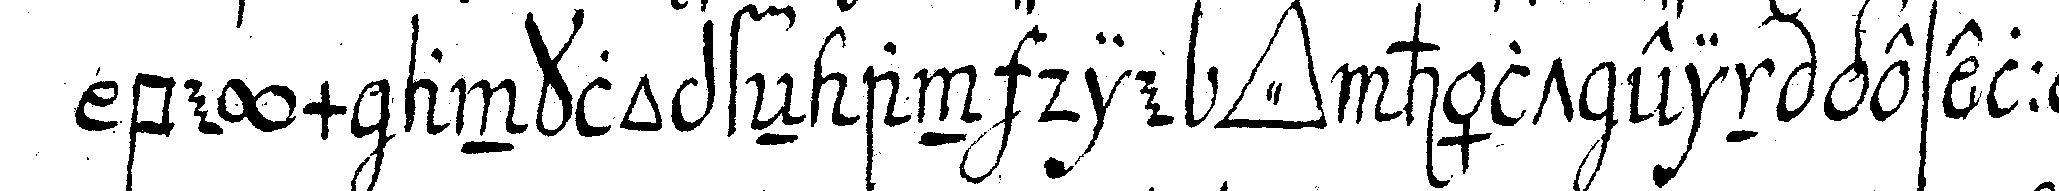
beym anklopfeN an die *tri..* hält ein geselle